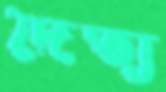
দৈত্য